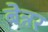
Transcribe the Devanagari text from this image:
बेन्नर